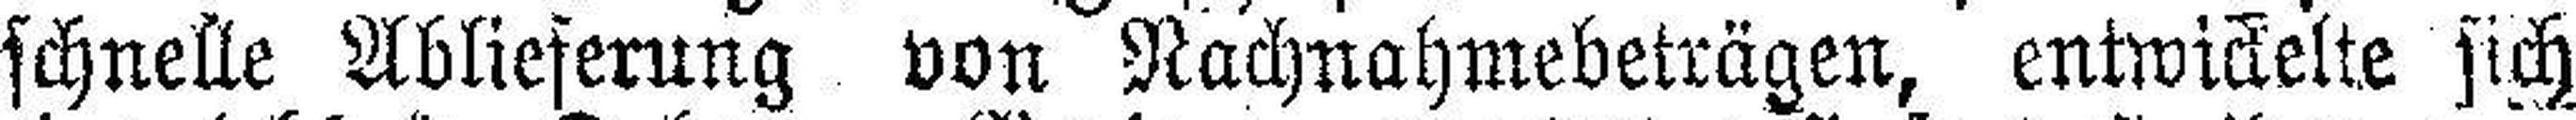
schnelle Ablieferung von Nachnahmebeträgen, entwickelte sich